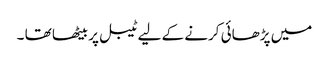
میں پڑھائی کرنے کے لیے ٹیبل پر بیٹھا تھا ۔